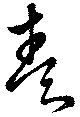
奏